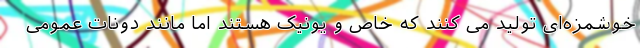
خوشمزه‌ای تولید می کنند که خاص و یونیک هستند اما مانند دونات عمومی